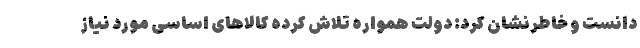
دانست و خاطرنشان کرد: دولت همواره تلاش کرده کالاهای اساسی مورد نیاز